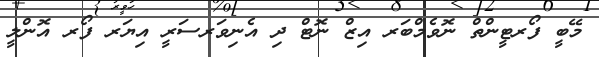
މޭބީ ފޯރޓީންތް ނޮވެމްބަރ އިޒް ނޮޓް ދި އެނިވަރސަރީ އިޔަރ ފޯރ އޮންލީ